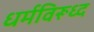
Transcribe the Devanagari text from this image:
धर्मविरूध्द